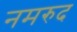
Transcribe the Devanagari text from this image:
नमरुद